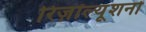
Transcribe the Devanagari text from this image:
रिज़ॉल्यूशनों